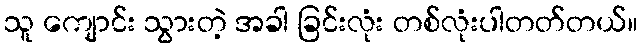
သူ ကျောင်း သွားတဲ့ အခါ ခြင်းလုံး တစ်လုံးပါတတ်တယ်။